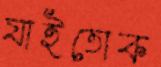
যাইতোক